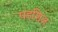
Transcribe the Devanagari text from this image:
पडशिल